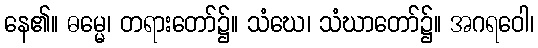
နေ၏။ ဓမ္မေ၊ တရားတော်၌။ သံဃေ၊ သံဃာတော်၌။ အဂရဝေါ၊